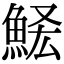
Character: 𩷃